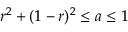
r ^ { 2 } + ( 1 - r ) ^ { 2 } \leq a \leq 1